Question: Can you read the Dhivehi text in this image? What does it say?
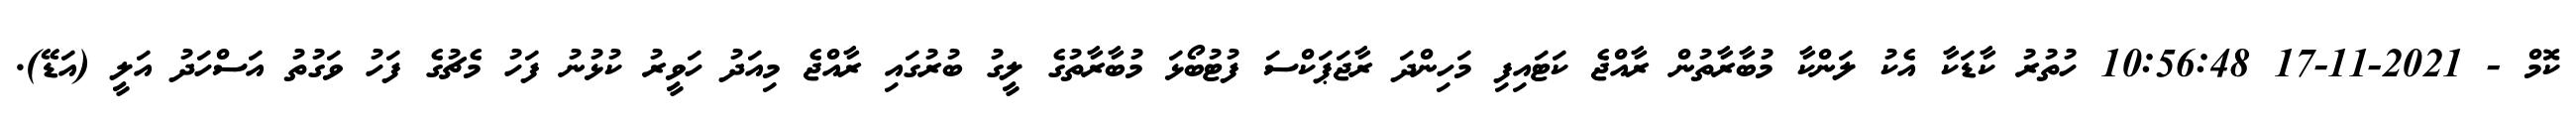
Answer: ކޮމް - 2021-11-17 10:56:48 ހުތުރު ކާޑަކާ އެކު ލަންކާ މުބާރާތުން ރާއްޖެ ކަޓައިފި މަހިންދަ ރާޖަޕަކްސަ ފުޓުބޯޅަ މުބާރާތުގެ ލީގު ބުރުގައި ރާއްޖެ މިއަދު ހަވީރު ކުޅުނު ފަހު މެޗުގެ ފަހު ވަގުތު އަސްހަދު އަލީ (އަޑޭ).